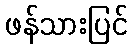
ဖန်သားပြင်